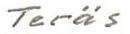
Teräs